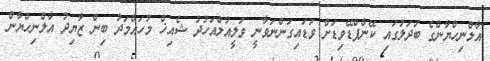
އާލްނިހްޔާންގެ ބަދަލުގައި ކޭންޕްޑޭވިޑަށް ވަޑައިގަންނަވާނީ ވަލީއުލްއަހުދު ޝެއިޚް މުހައްމަދު ބިން ޒާޔިދު އާލްނިހްޔާން